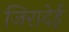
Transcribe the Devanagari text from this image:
जिरादेई